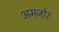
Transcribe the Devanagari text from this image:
अमजोर